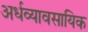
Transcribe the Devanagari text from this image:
अर्धव्यावसायिक